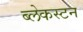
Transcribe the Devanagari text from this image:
ब्लेकस्टन